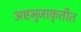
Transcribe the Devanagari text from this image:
अष्टभुजाकृतीत